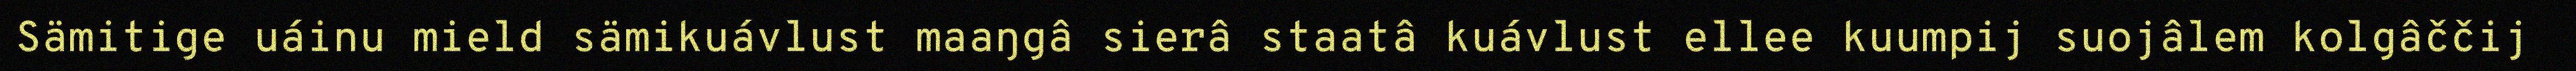
Sämitige uáinu mield sämikuávlust maaŋgâ sierâ staatâ kuávlust ellee kuumpij suojâlem kolgâččij